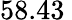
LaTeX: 58.43\